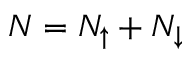
N = N _ { \uparrow } + N _ { \downarrow }